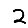
Digit: 2